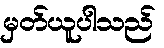
မှတ်ယူပါသည်